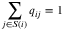
\sum _ { j \in S ( i ) } q _ { i j } = 1